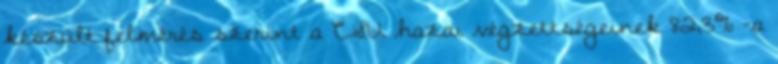
készült felmérés szerint a CSU hazai végzettségeinek 82,3% -a